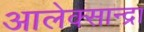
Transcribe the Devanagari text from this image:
आलेक्सान्द्रा